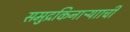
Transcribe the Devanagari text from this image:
समुद्रकिनाऱ्यााची